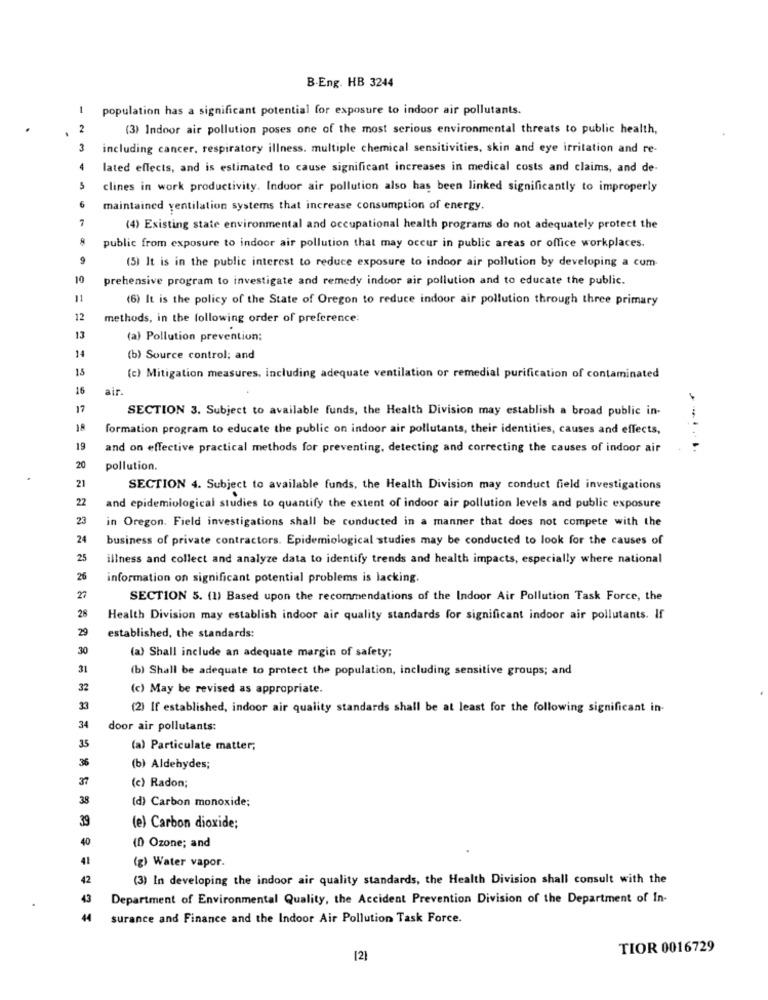
B.Eng. HB 3244
1
population has a significant potential for exposure to indoor air pollutants.
2
(3) Indoor air pollution poses one of the most serious environmental threats to public health,
3
including cancer, respiratory illness. multiple chemical sensitivities, skin and eye irritation and re-
lated effects, and is estimated to cause significant increases in medical costs and claims, and de-
5
clines in work productivity. Indoor air pollution also has been linked significantly to improperly
6
maintained ventilation systems that increase consumption of energy.
7
(4) Existing state environmental and occupational health programs do not adequately protect the
public from exposure to indoor air pollution that may occur in public areas or office workplaces.
9
(5) It is in the public interest to reduce exposure to indoor air pollution by developing a com-
10
prehensive program to investigate and remedy indoor air pollution and to educate the public.
11
(6) It is the policy of the State of Oregon to reduce indoor air pollution through three primary
12
methods, in the following order of preference:
13
(a) Pollution prevention;
14
(b) Source control; and
15
(c) Mitigation measures, including adequate ventilation or remedial purification of contaminated
16
air.
17
SECTION 3. Subject to available funds, the Health Division may establish a broad public in-
18
formation program to educate the public on indoor air pollutants, their identities, causes and effects,
19
and on effective practical methods for preventing, detecting and correcting the causes of indoor air
20
pollution.
21
SECTION 4. Subject to available funds, the Health Division may conduct field investigations
22
and epidemiological studies to quantify the extent of indoor air pollution levels and public exposure
23
in Oregon. Field investigations shall be conducted in a manner that does not compete with the
24
business of private contractors. Epidemiological studies may be conducted to look for the causes of
25
illness and collect and analyze data to identify trends and health impacts, especially where national
26
information on significant potential problems is lacking.
23
SECTION 5. (1) Based upon the recommendations of the Indoor Air Pollution Task Force, the
28
Health Division may establish indoor air quality standards for significant indoor air pollutants. If
29
established, the standards:
30
(a) Shall include an adequate margin of safety;
31
(b) Shall be adequate to protect the population, including sensitive groups; and
32
(c) May be revised as appropriate.
(2) If established, indoor air quality standards shall be at least for the following significant in-
34
door air pollutants:
35
(a) Particulate matter;
36
(b) Aldehydes;
37
(c) Radon;
38
(d) Carbon monoxide;
39
(e) Carbon dioxide;
40
(0) Ozone; and
41
(g) Water vapor.
42
(3) In developing the indoor air quality standards, the Health Division shall consult with the
43
Department of Environmental Quality, the Accident Prevention Division of the Department of In-
surance and Finance and the Indoor Air Pollution Task Force.
TIOR 0016729